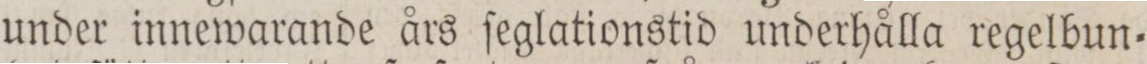
under innewarande års ſeglationstid underhålla regelbun=